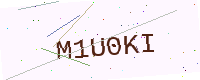
Text: M1U0KI